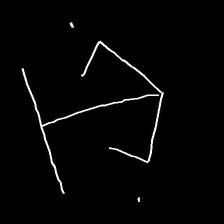
Glyph: earth